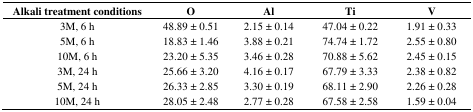
<table><thead><tr><td><b>Alkali treatment conditions</b></td><td><b>O</b></td><td><b>Al</b></td><td><b>Ti</b></td><td><b>V</b></td></tr></thead><tbody><tr><td>3M, 6 h</td><td>48.89 ± 0.51</td><td>2.15 ± 0.14</td><td>47.04 ± 0.22</td><td>1.91 ± 0.33</td></tr><tr><td>5M, 6 h</td><td>18.83 ± 1.46</td><td>3.88 ± 0.21</td><td>74.74 ± 1.72</td><td>2.55 ± 0.80</td></tr><tr><td>10M, 6 h</td><td>23.20 ± 5.35</td><td>3.46 ± 0.28</td><td>70.88 ± 5.62</td><td>2.45 ± 0.15</td></tr><tr><td>3M, 24 h</td><td>25.66 ± 3.20</td><td>4.16 ± 0.17</td><td>67.79 ± 3.33</td><td>2.38 ± 0.82</td></tr><tr><td>5M, 24 h</td><td>26.33 ± 2.85</td><td>3.30 ± 0.19</td><td>68.11 ± 2.90</td><td>2.26 ± 0.28</td></tr><tr><td>10M, 24 h</td><td>28.05 ± 2.48</td><td>2.77 ± 0.28</td><td>67.58 ± 2.58</td><td>1.59 ± 0.04</td></tr></tbody></table>